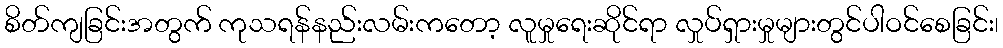
စိတ်ကျခြင်းအတွက် ကုသရန်နည်းလမ်းကတော့ လူမှုရေးဆိုင်ရာ လှုပ်ရှားမှုများတွင်ပါဝင်စေခြင်း၊